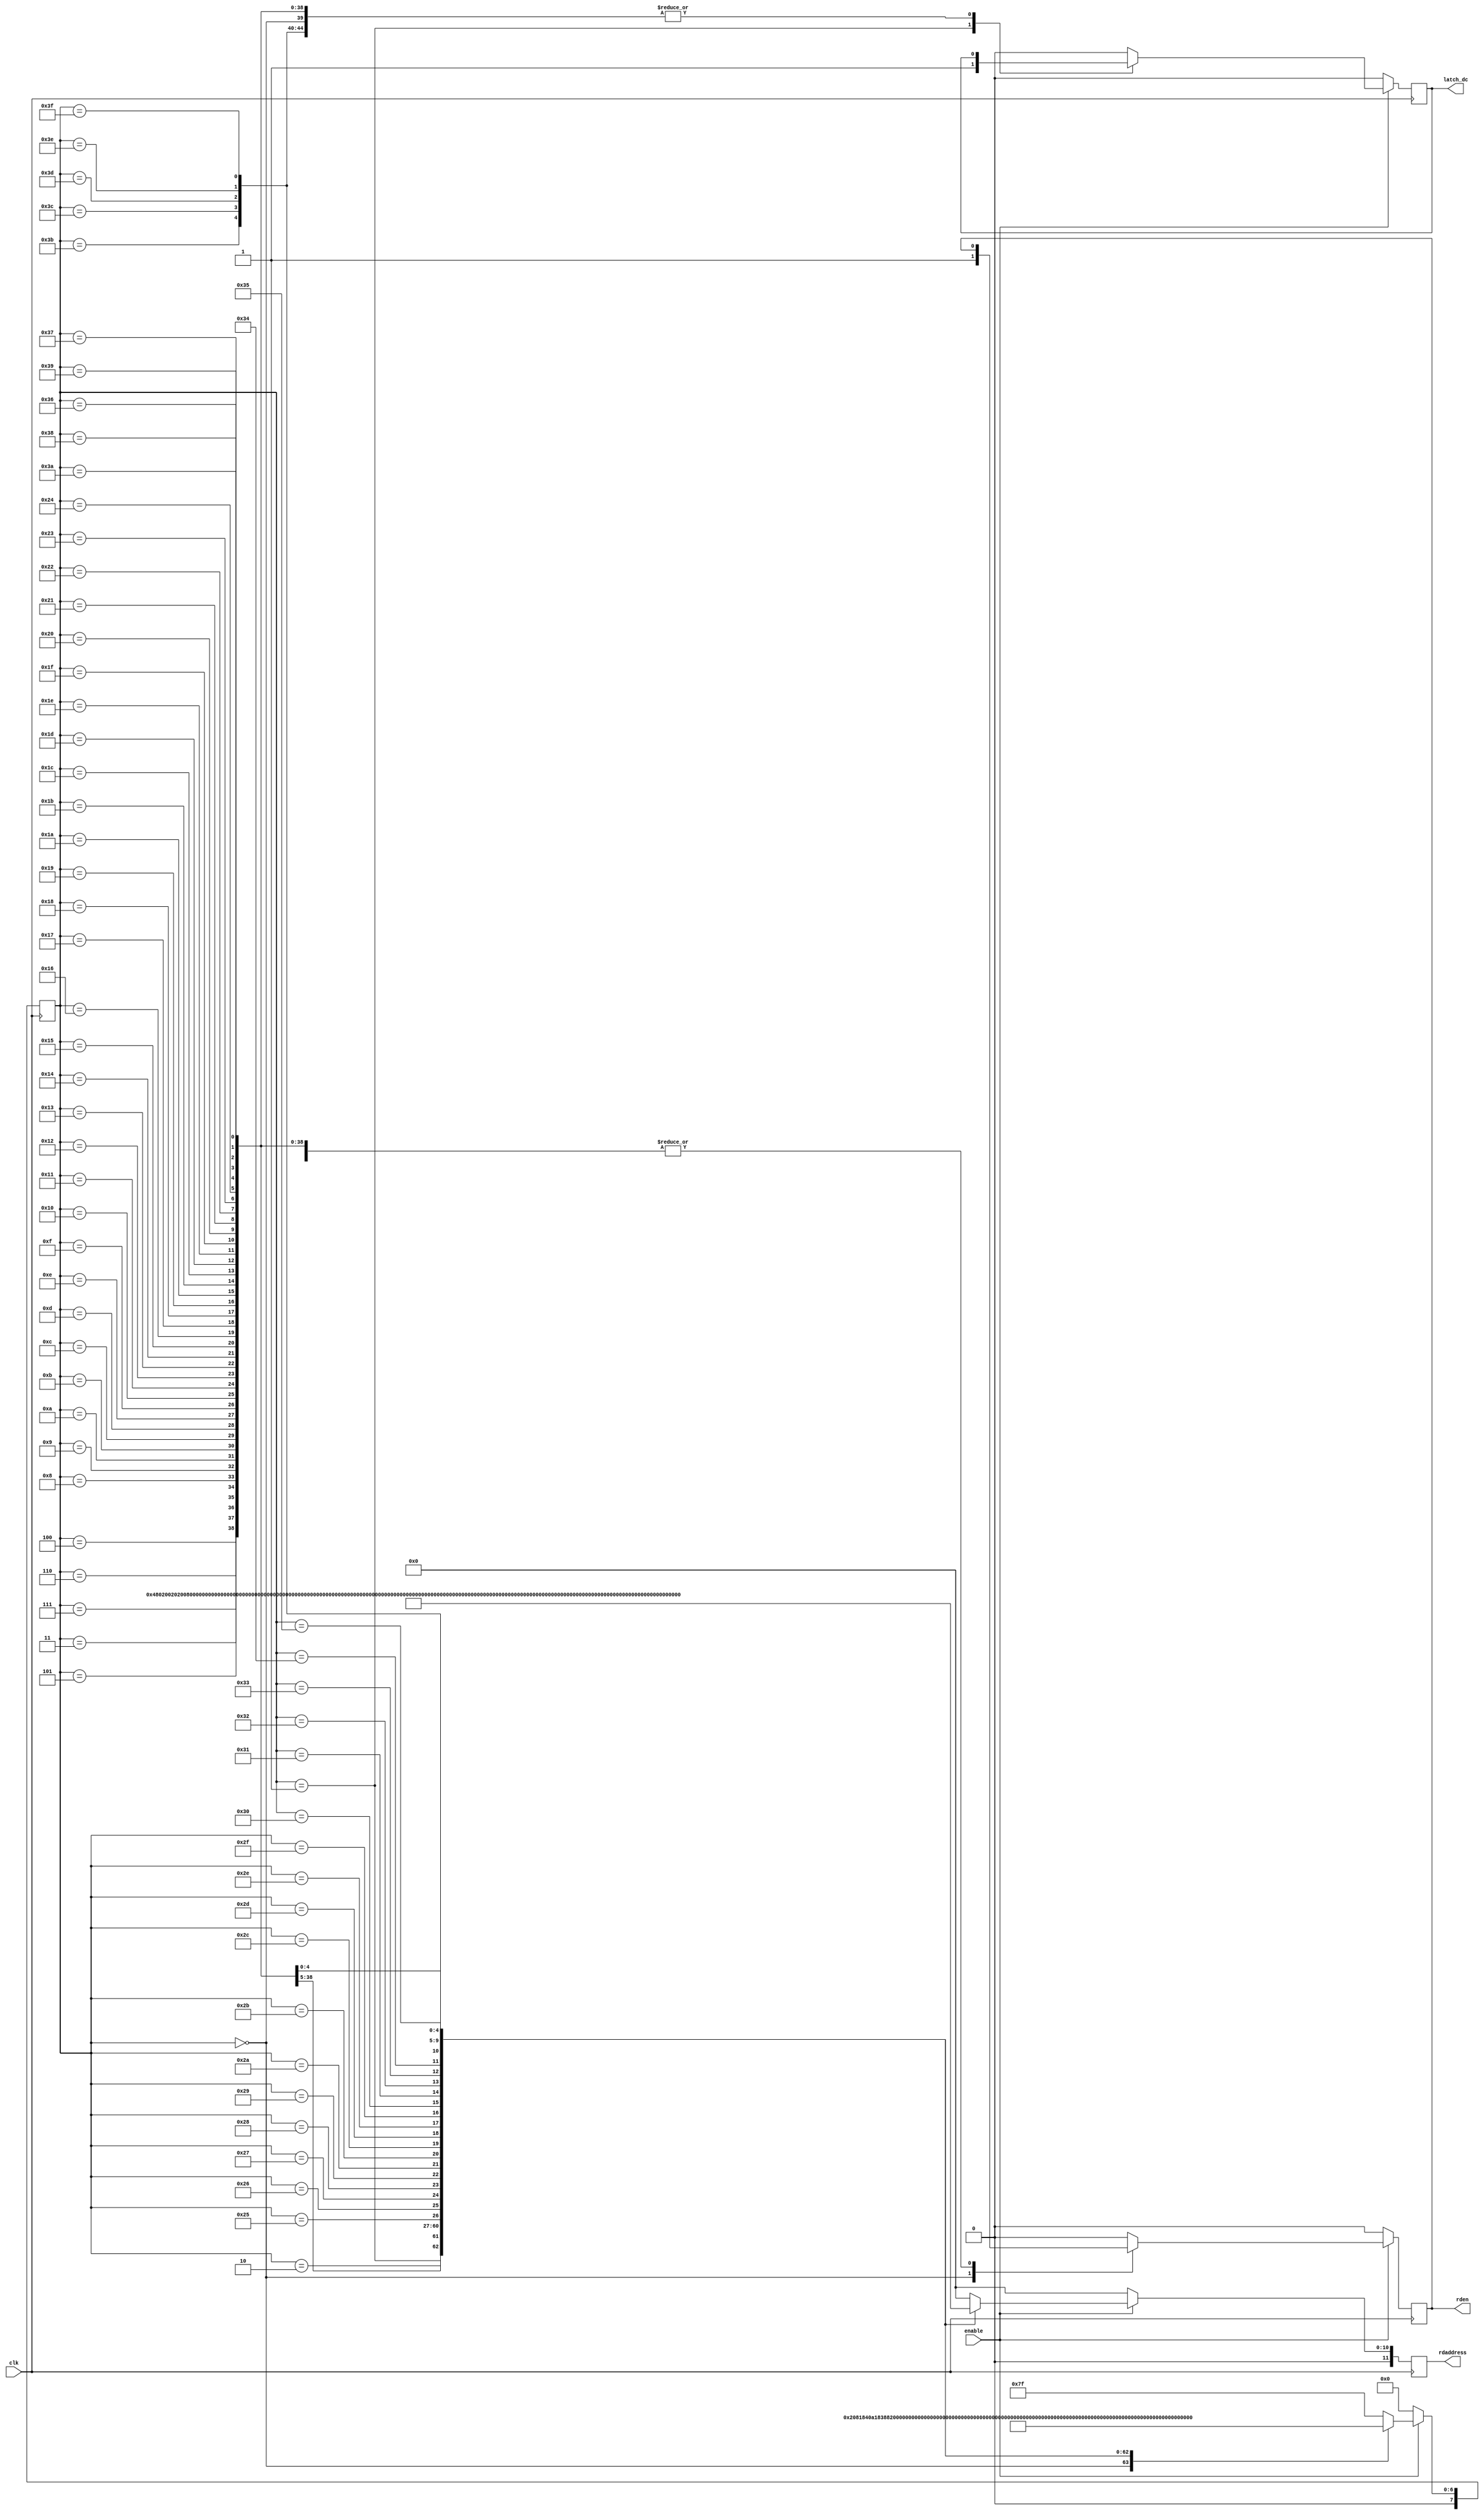
module zigzag(
   input clk, // control clock
   input enable, // enable signal
   output reg rden, // read enable
   output reg latch_dc, // tells the top level module to latch the DC value, for differential encoding
   output reg [11:0] rdaddress // read address sent to the memory module
   );
   
   reg [7:0] state; // current state of the system
   
   // Reads in the block in a zig-zag pattern
   // This makes it easier to find the End-Of-Block (EOB)
   always @(posedge clk) begin
      if (~enable) begin
         state <= 0;
         rden <= 0;
         latch_dc <= 0;
         rdaddress <= 0;
      end
      else begin
         case (state)
            // at each clock cycle, update the read address to the next in the zigzag
            0:  begin
                state <= 1;
                rden <= 1;
                rdaddress <= {4'h0, 8'h0};
                end
            1:  begin
                state <= 2;
                rdaddress <= {4'h0, 8'h1};
                latch_dc <= 1;
                end
            2:  begin
                state <= 3;
                rdaddress <= {4'h1, 8'h0};
                latch_dc <= 0;
                end
            3:  begin
                state <= 4;
                rdaddress <= {4'h2, 8'h0};
                end
            4:  begin
                state <= 5;
                rdaddress <= {4'h1, 8'h1};
                end
            5:  begin
                state <= 6;
                rdaddress <= {4'h0, 8'h2};
                end
            6:  begin
                state <= 7;
                rdaddress <= {4'h0, 8'h3};
                end
            7:  begin
                state <= 8;
                rdaddress <= {4'h1, 8'h2};
                end
            8:  begin
                state <= 9;
                rdaddress <= {4'h2, 8'h1};
                end
            9:  begin
                state <= 10;
                rdaddress <= {4'h3, 8'h0};
                end
            10: begin
                state <= 11;
                rdaddress <= {4'h4, 8'h0};
                end
            11: begin
                state <= 12;
                rdaddress <= {4'h3, 8'h1};
                end
            12: begin
                state <= 13;
                rdaddress <= {4'h2, 8'h2};
                end
            13: begin
                state <= 14;
                rdaddress <= {4'h1, 8'h3};
                end
            14: begin
                state <= 15;
                rdaddress <= {4'h0, 8'h4};
                end
            15: begin
                state <= 16;
                rdaddress <= {4'h0, 8'h5};
                end
            16: begin
                state <= 17;
                rdaddress <= {4'h1, 8'h4};
                end
            17: begin
                state <= 18;
                rdaddress <= {4'h2, 8'h3};
                end
            18: begin
                state <= 19;
                rdaddress <= {4'h3, 8'h2};
                end
            19: begin
                state <= 20;
                rdaddress <= {4'h4, 8'h1};
                end
            20: begin
                state <= 21;
                rdaddress <= {4'h5, 8'h0};
                end
            21: begin
                state <= 22;
                rdaddress <= {4'h6, 8'h0};
                end
            22: begin
                state <= 23;
                rdaddress <= {4'h5, 8'h1};
                end
            23: begin
                state <= 24;
                rdaddress <= {4'h4, 8'h2};
                end
            24: begin
                state <= 25;
                rdaddress <= {4'h3, 8'h3};
                end
            25: begin
                state <= 26;
                rdaddress <= {4'h2, 8'h4};
                end
            26: begin
                state <= 27;
                rdaddress <= {4'h1, 8'h5};
                end
            27: begin
                state <= 28;
                rdaddress <= {4'h0, 8'h6};
                end
            28: begin
                state <= 29;
                rdaddress <= {4'h0, 8'h7};
                end
            29: begin
                state <= 30;
                rdaddress <= {4'h1, 8'h6};
                end
            30: begin
                state <= 31;
                rdaddress <= {4'h2, 8'h5};
                end
            31: begin
                state <= 32;
                rdaddress <= {4'h3, 8'h4};
                end
            32: begin
                state <= 33;
                rdaddress <= {4'h4, 8'h3};
                end
            33: begin
                state <= 34;
                rdaddress <= {4'h5, 8'h2};
                end
            34: begin
                state <= 35;
                rdaddress <= {4'h6, 8'h1};
                end
            35: begin
                state <= 36;
                rdaddress <= {4'h7, 8'h0};
                end
            36: begin
                state <= 37;
                rdaddress <= {4'h7, 8'h1};
                end
            37: begin
                state <= 38;
                rdaddress <= {4'h6, 8'h2};
                end
            38: begin
                state <= 39;
                rdaddress <= {4'h5, 8'h3};
                end
            39: begin
                state <= 40;
                rdaddress <= {4'h4, 8'h4};
                end
            40: begin
                state <= 41;
                rdaddress <= {4'h3, 8'h5};
                end
            41: begin
                state <= 42;
                rdaddress <= {4'h2, 8'h6};
                end
            42: begin
                state <= 43;
                rdaddress <= {4'h1, 8'h7};
                end
            43: begin
                state <= 44;
                rdaddress <= {4'h2, 8'h7};
                end
            44: begin
                state <= 45;
                rdaddress <= {4'h3, 8'h6};
                end
            45: begin
                state <= 46;
                rdaddress <= {4'h4, 8'h5};
                end
            46: begin
                state <= 47;
                rdaddress <= {4'h5, 8'h4};
                end
            47: begin
                state <= 48;
                rdaddress <= {4'h6, 8'h3};
                end
            48: begin
                state <= 49;
                rdaddress <= {4'h7, 8'h2};
                end
            49: begin
                state <= 50;
                rdaddress <= {4'h7, 8'h3};
                end
            50: begin
                state <= 51;
                rdaddress <= {4'h6, 8'h4};
                end
            51: begin
                state <= 52;
                rdaddress <= {4'h5, 8'h5};
                end
            52: begin
                state <= 53;
                rdaddress <= {4'h4, 8'h6};
                end
            53: begin
                state <= 54;
                rdaddress <= {4'h3, 8'h7};
                end
            54: begin
                state <= 55;
                rdaddress <= {4'h4, 8'h7};
                end
            55: begin
                state <= 56;
                rdaddress <= {4'h5, 8'h6};
                end
            56: begin
                state <= 57;
                rdaddress <= {4'h6, 8'h5};
                end
            57: begin
                state <= 58;
                rdaddress <= {4'h7, 8'h4};
                end
            58: begin
                state <= 59;
                rdaddress <= {4'h7, 8'h5};
                end
            59: begin
                state <= 60;
                rdaddress <= {4'h6, 8'h6};
                end
            60: begin
                state <= 61;
                rdaddress <= {4'h5, 8'h7};
                end
            61: begin
                state <= 62;
                rdaddress <= {4'h6, 8'h7};
                end
            62: begin
                state <= 63;
                rdaddress <= {4'h7, 8'h6};
                end
            63: begin
                state <= 64;
                rdaddress <= {4'h7, 8'h7};
                end
            default: begin
                state <= 127;
                rden <= 0;
                latch_dc <= 0;
                rdaddress <= 0;
                end
         endcase
      end
   end
   
endmodule